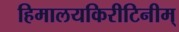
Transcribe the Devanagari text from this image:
हिमालयकिरीटिनीम्